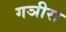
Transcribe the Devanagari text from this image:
गञीरा